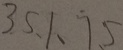
3 5 . 1 . 7 . 5